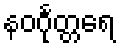
နဝင်္ဂုတ္တရေ